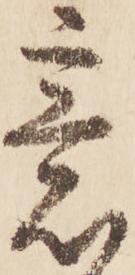
意